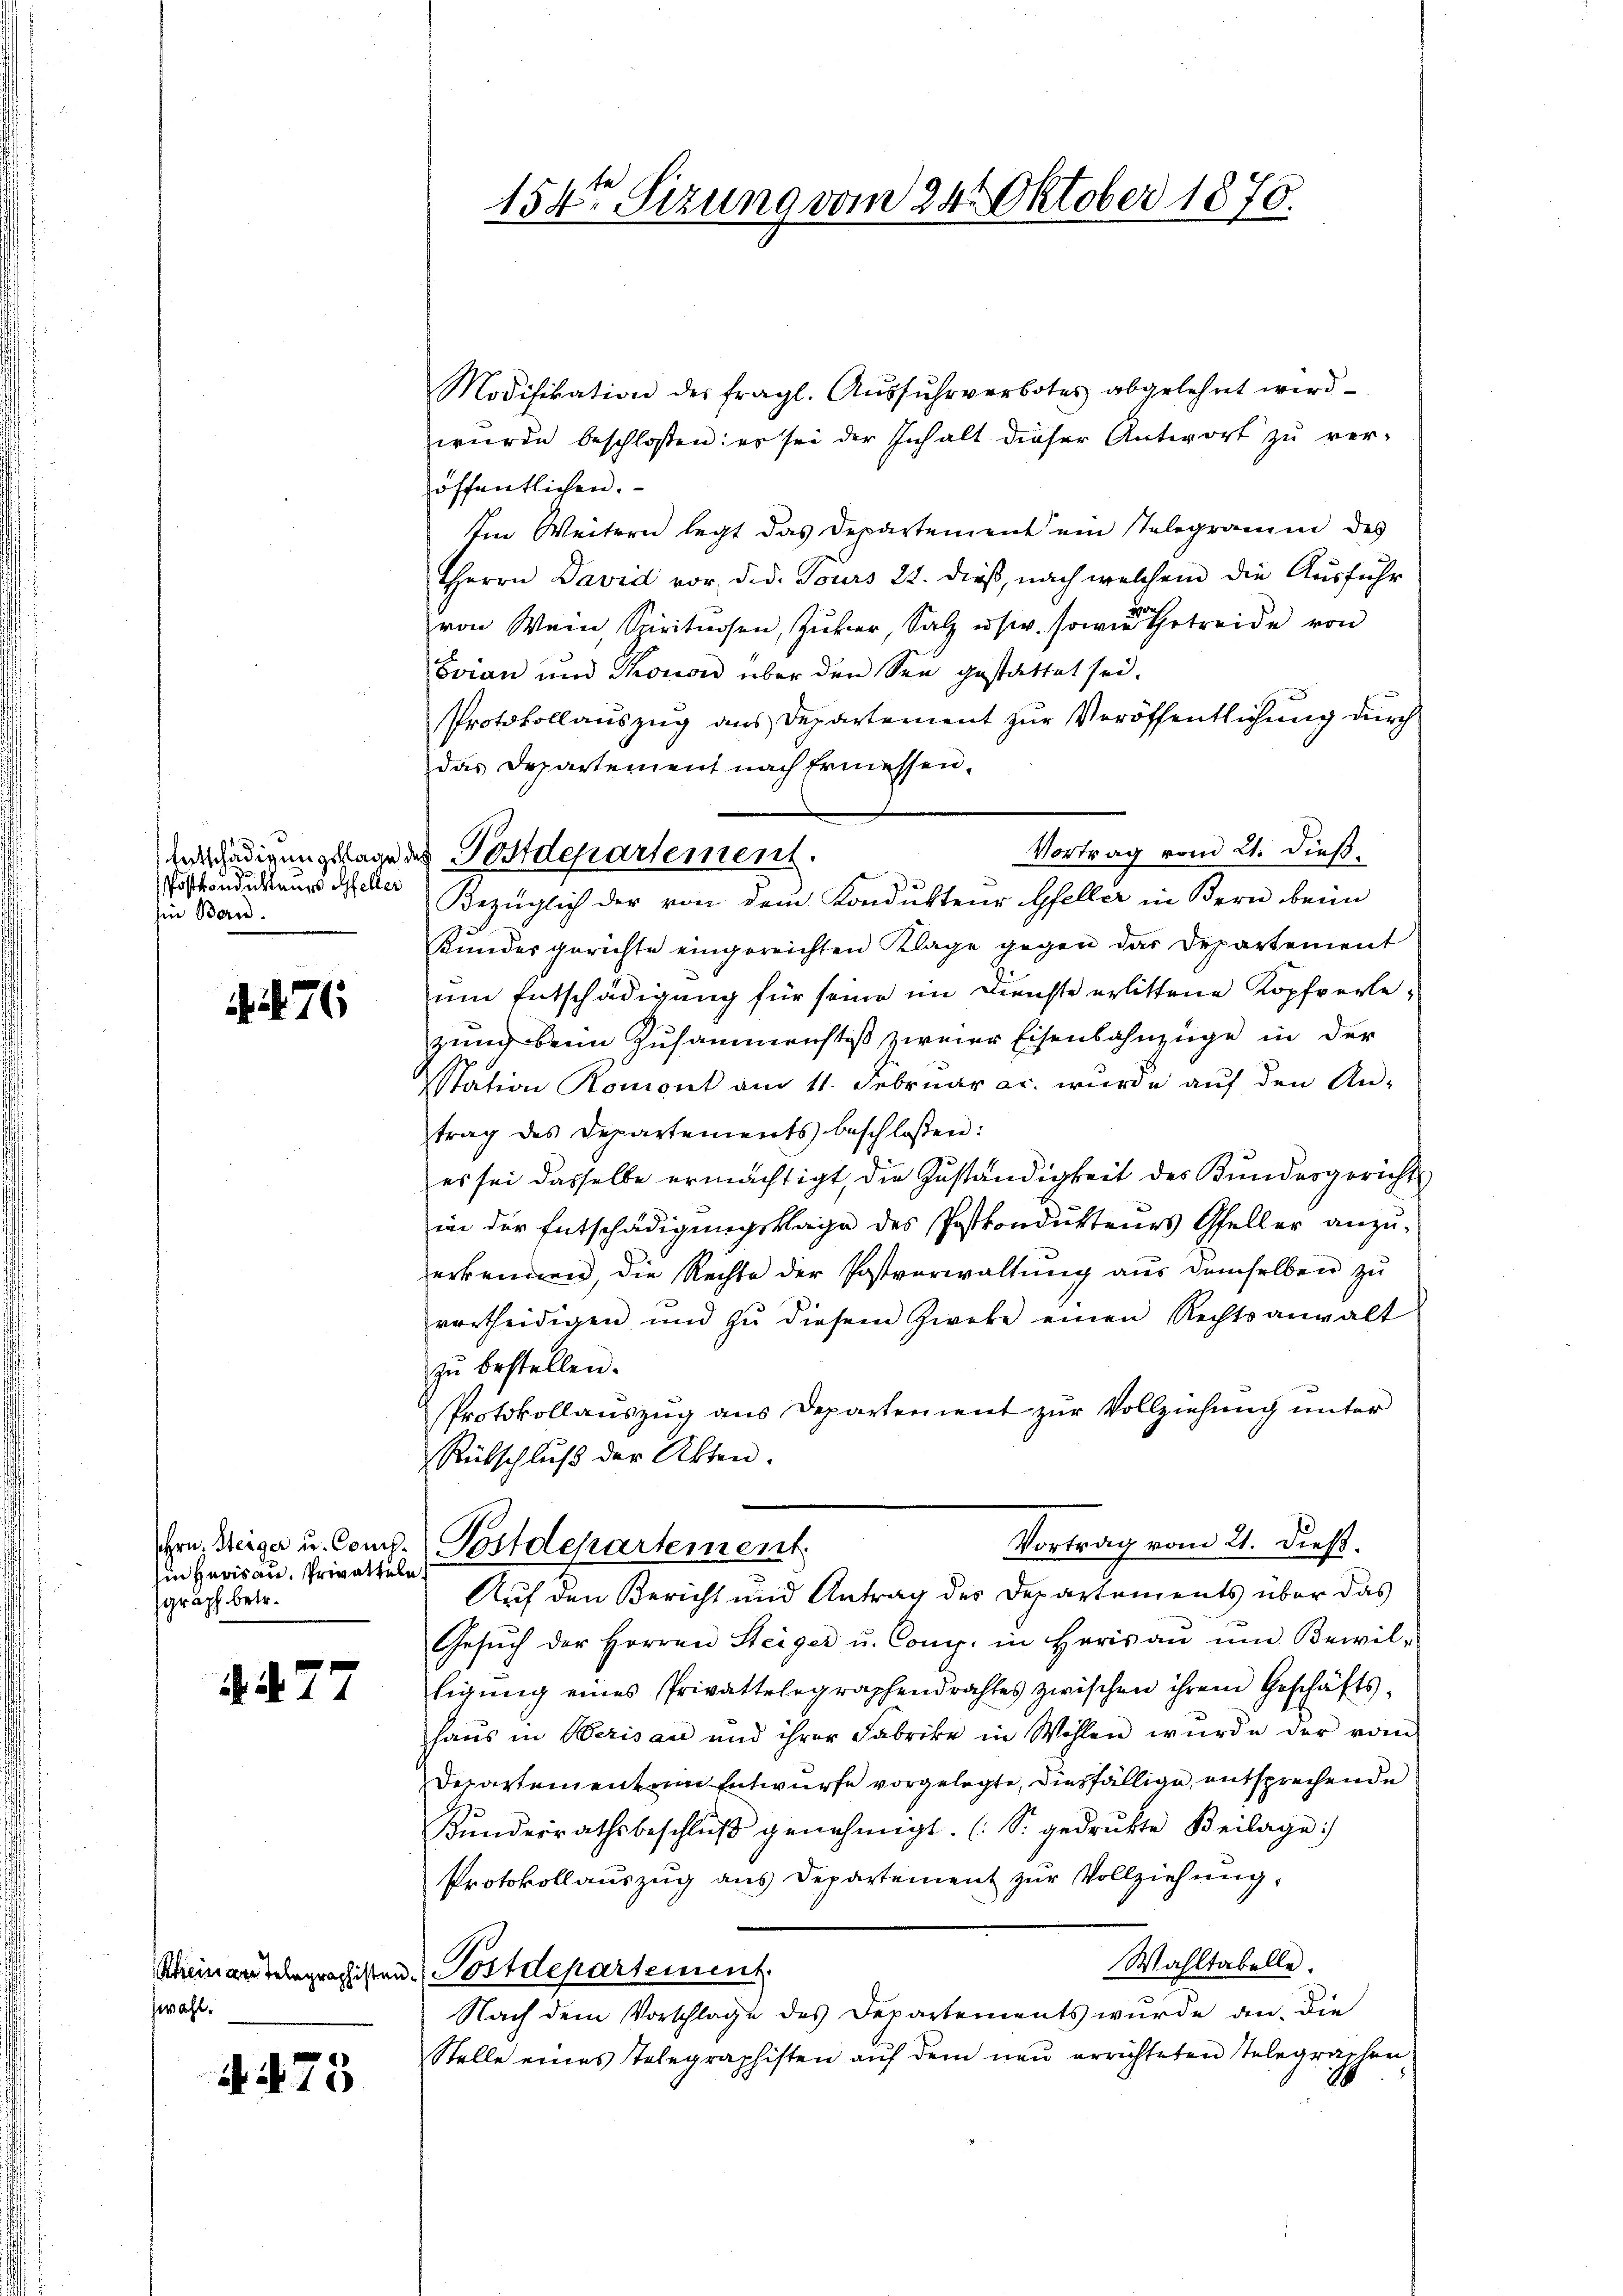
Entschädigungsklage
Postkondukteurs Gfeller
hin Bern.

76

in Herisau, Privatteln
graph betr.

A477

Rheinan Telegraphisten
zwahl.

A. 473

154ten Sizung vom 24. Oktober 1870.

Modifikation des fragl. Aŭsfŭhrverbotes abgelehnt wird.
wurde beschloßen: er sei der Inhalt dieser Antwort zu ver-
öffentlichen.
Im Weitern legt das Departement ein Telegramm des
Herrn David vor, d. d. Jours 22. dieß, nach welchem die Ausführ
von Wein Spirituosen, Zucker, Salz usw. sowie betreide von
Evian und Thonow über den See gestattet sei.
Protokollauszug aus Departement zur Veröffentlichung durch
das Departement nach Ermessen.
Bezüglich der von dem Kondukteur Gfeller in Bern beim
Kundesgerichte eingereichten Klage gegen das Departement
um Entschädigung für seine im Dienste erlittene Kopfverle
zung beim Zusammenstoß zweier Eisenbahnzüge in der
sstation Romont am 11. Februar ac. wurde auf den An-
trag des Departements beschlossen:
es sei dasselbe ermächtigt, die Zuständigkeit des Kundesgericht
in der Entschädigungsklage des Postkondukteurs Gfeller anzuerkennen, die Rechte der Postverwaltung aus demselben zu
vertheidigen und zŭ diesem Zweke einen Rechtsanwalt
zŭ bestellen.
Protokollauszug aus Departement zur Vollziehung unter
Rübschluß der Akten.
Vortrag vom 21. dieß.
Hrn. Weiger u. Comd. Postdepartement
Auf den Bericht und Antrag des Departements über das
Gesŭch der Herren Steiger u. Comp. in Herisaŭ ŭm Bewil-
ligŭng eines Privattelegraphendrahtes zwischen ihrem Geschäfts-
haŭs in Berisau und ihrer Fabrike in Wohlen würde der vom
Departement am Entwurfe vorgelegte, diesfällige entsprechende
Kŭndesrathsbeschlŭβ genehmigt. (S. gedrukte Beilage)
Protokollauszug aus Departement zur Vollziehung.
Wahltabelle.
Postdepartement.
Nach dem Vorschlage des Departements wurde an. Die
Stelle eines Telegraphisten auf dem neu errichteten Telegraphen

Vortrag vom 21. dieß.
 Postdepartement.